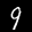
Label: 9